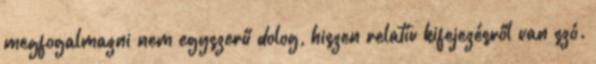
megfogalmazni nem egyszerű dolog, hiszen relatív kifejezésről van szó.